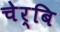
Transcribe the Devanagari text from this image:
चेर्बि